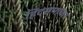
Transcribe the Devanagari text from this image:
हिंदसमाचार